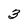
Character: 3